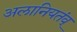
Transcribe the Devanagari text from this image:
अलानियतंव्